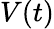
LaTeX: \mathbf{}V(t)